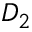
D _ { 2 }